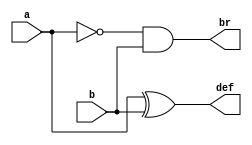
// Using verilog Code for implementing half_subtractor
`timescale 1ns / 1ps
module half_subtractor(a,b,def,br);
  input a,b;
  output def,br;
  assign def=a^b;
  assign br=((~a)&b);
endmodule